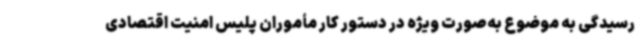
رسیدگی به موضوع به‌صورت ویژه در دستور کار مأموران پلیس امنیت اقتصادی